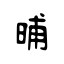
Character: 晡